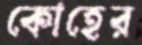
কোহের